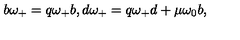
b \omega _ { + } = q \omega _ { + } b , d \omega _ { + } = q \omega _ { + } d + \mu \omega _ { 0 } b ,